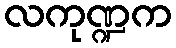
လကုဏ္ဍက